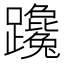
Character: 𨇩